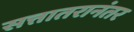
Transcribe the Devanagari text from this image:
सत्तातरानंतर